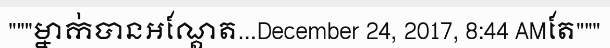
"""ម្នាក់បានអណ្តែត...December 24, 2017, 8:44 AMតែ"""